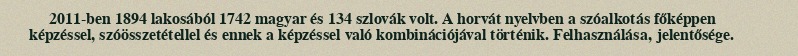
2011-ben 1894 lakosából 1742 magyar és 134 szlovák volt. A horvát nyelvben a szóalkotás főképpen képzéssel, szóösszetétellel és ennek a képzéssel való kombinációjával történik. Felhasználása, jelentősége.